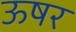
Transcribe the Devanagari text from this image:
ऊषर